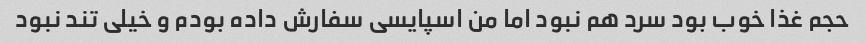
حجم غذا خوب بود سرد هم نبود اما من اسپایسی سفارش داده بودم و خیلی تند نبود